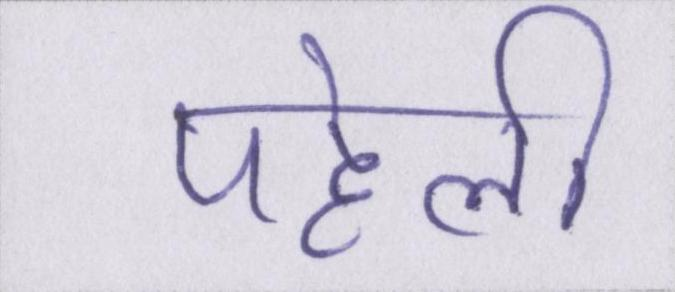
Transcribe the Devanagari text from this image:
पहेली